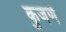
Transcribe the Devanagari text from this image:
कुजणे